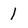
Character: 1